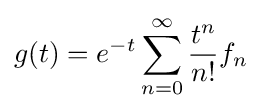
g(t)=e^{-t}\sum _{n=0}^{\infty }{\frac {t^{n}}{n!}}f_{n}